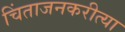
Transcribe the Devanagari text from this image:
चिंताजनकरीत्या